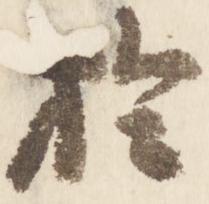
於